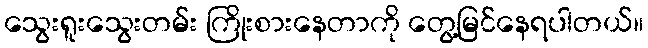
သွေးရူးသွေးတမ်း ကြိုးစားနေတာကို တွေ့မြင်နေရပါတယ်။